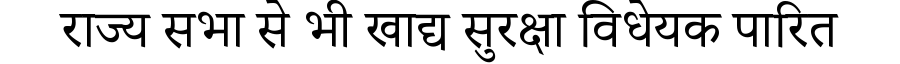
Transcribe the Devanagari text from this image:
राज्य सभा से भी खाद्य सुरक्षा विधेयक पारित